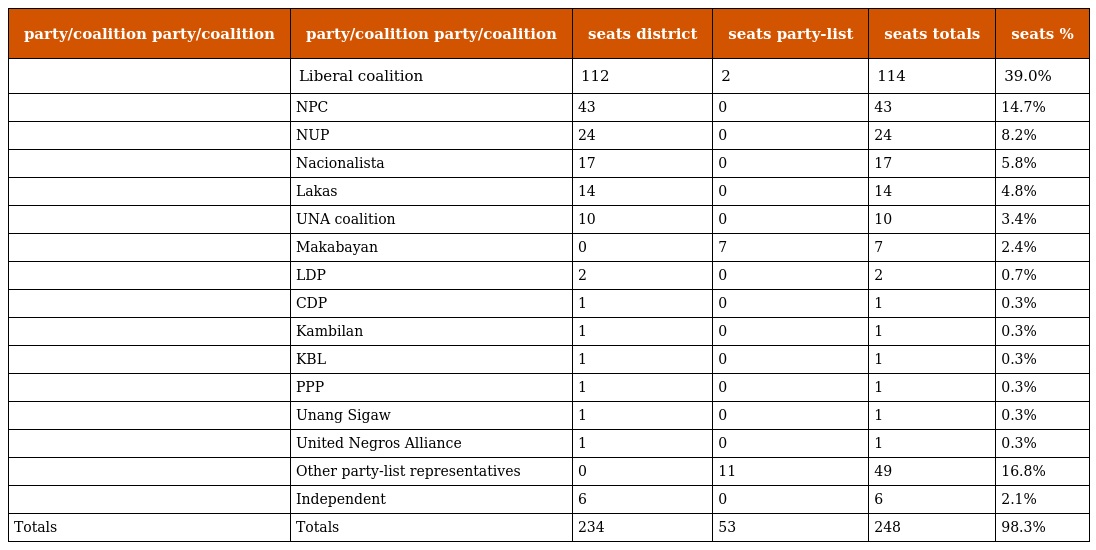
| party/coalition party/coalition | party/coalition party/coalition | seats district | seats party-list | seats totals | seats % |
 | --- | --- | --- | --- | --- | --- |
 |  | Liberal coalition | 112 | 2 | 114 | 39.0% |
 |  | NPC | 43 | 0 | 43 | 14.7% |
 |  | NUP | 24 | 0 | 24 | 8.2% |
 |  | Nacionalista | 17 | 0 | 17 | 5.8% |
 |  | Lakas | 14 | 0 | 14 | 4.8% |
 |  | UNA coalition | 10 | 0 | 10 | 3.4% |
 |  | Makabayan | 0 | 7 | 7 | 2.4% |
 |  | LDP | 2 | 0 | 2 | 0.7% |
 |  | CDP | 1 | 0 | 1 | 0.3% |
 |  | Kambilan | 1 | 0 | 1 | 0.3% |
 |  | KBL | 1 | 0 | 1 | 0.3% |
 |  | PPP | 1 | 0 | 1 | 0.3% |
 |  | Unang Sigaw | 1 | 0 | 1 | 0.3% |
 |  | United Negros Alliance | 1 | 0 | 1 | 0.3% |
 |  | Other party-list representatives | 0 | 11 | 49 | 16.8% |
 |  | Independent | 6 | 0 | 6 | 2.1% |
 | Totals | Totals | 234 | 53 | 248 | 98.3% |